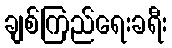
ချစ်ကြည်ရေးခရီး